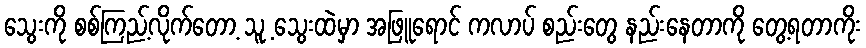
သွေးကို စစ်ကြည့်လိုက်တော့ သူ့ သွေးထဲမှာ အဖြူရောင် ကလာပ် စည်းတွေ နည်းနေတာကို တွေ့ရတာကိုး